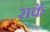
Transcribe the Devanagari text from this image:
राकॅ